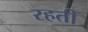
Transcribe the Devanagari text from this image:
रहती